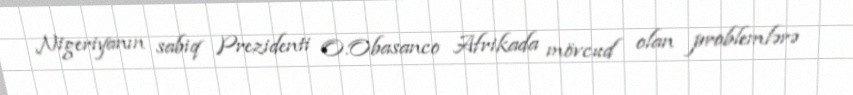
Nigeriyanın sabiq Prezidenti O.Obasanco Afrikada mövcud olan problemlərə